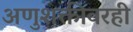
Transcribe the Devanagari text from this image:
अणुशक्तीवरही